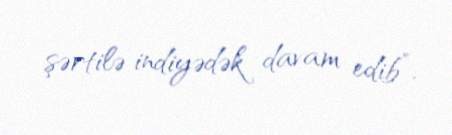
şərtilə indiyədək davam edib”.